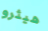
هيثرو